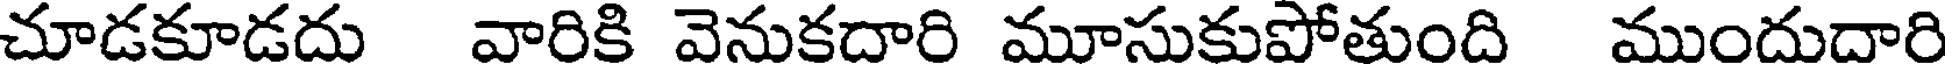
చూడకూడదు వారికి వెనుకదారి మూసుకుపోతుంది ముందుదారి